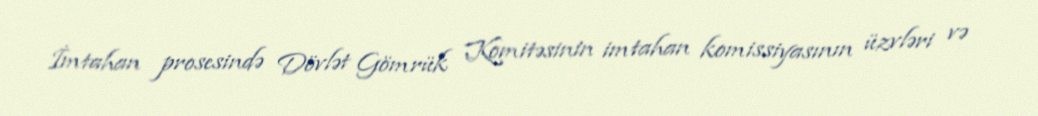
İmtahan prosesində Dövlət Gömrük Komitəsinin imtahan komissiyasının üzvləri və